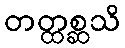
တတ္ထစ္ဆသိ